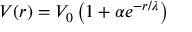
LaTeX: V ( r ) = V _ { 0 } \left( 1 + \alpha e ^ { - r / \lambda } \right)